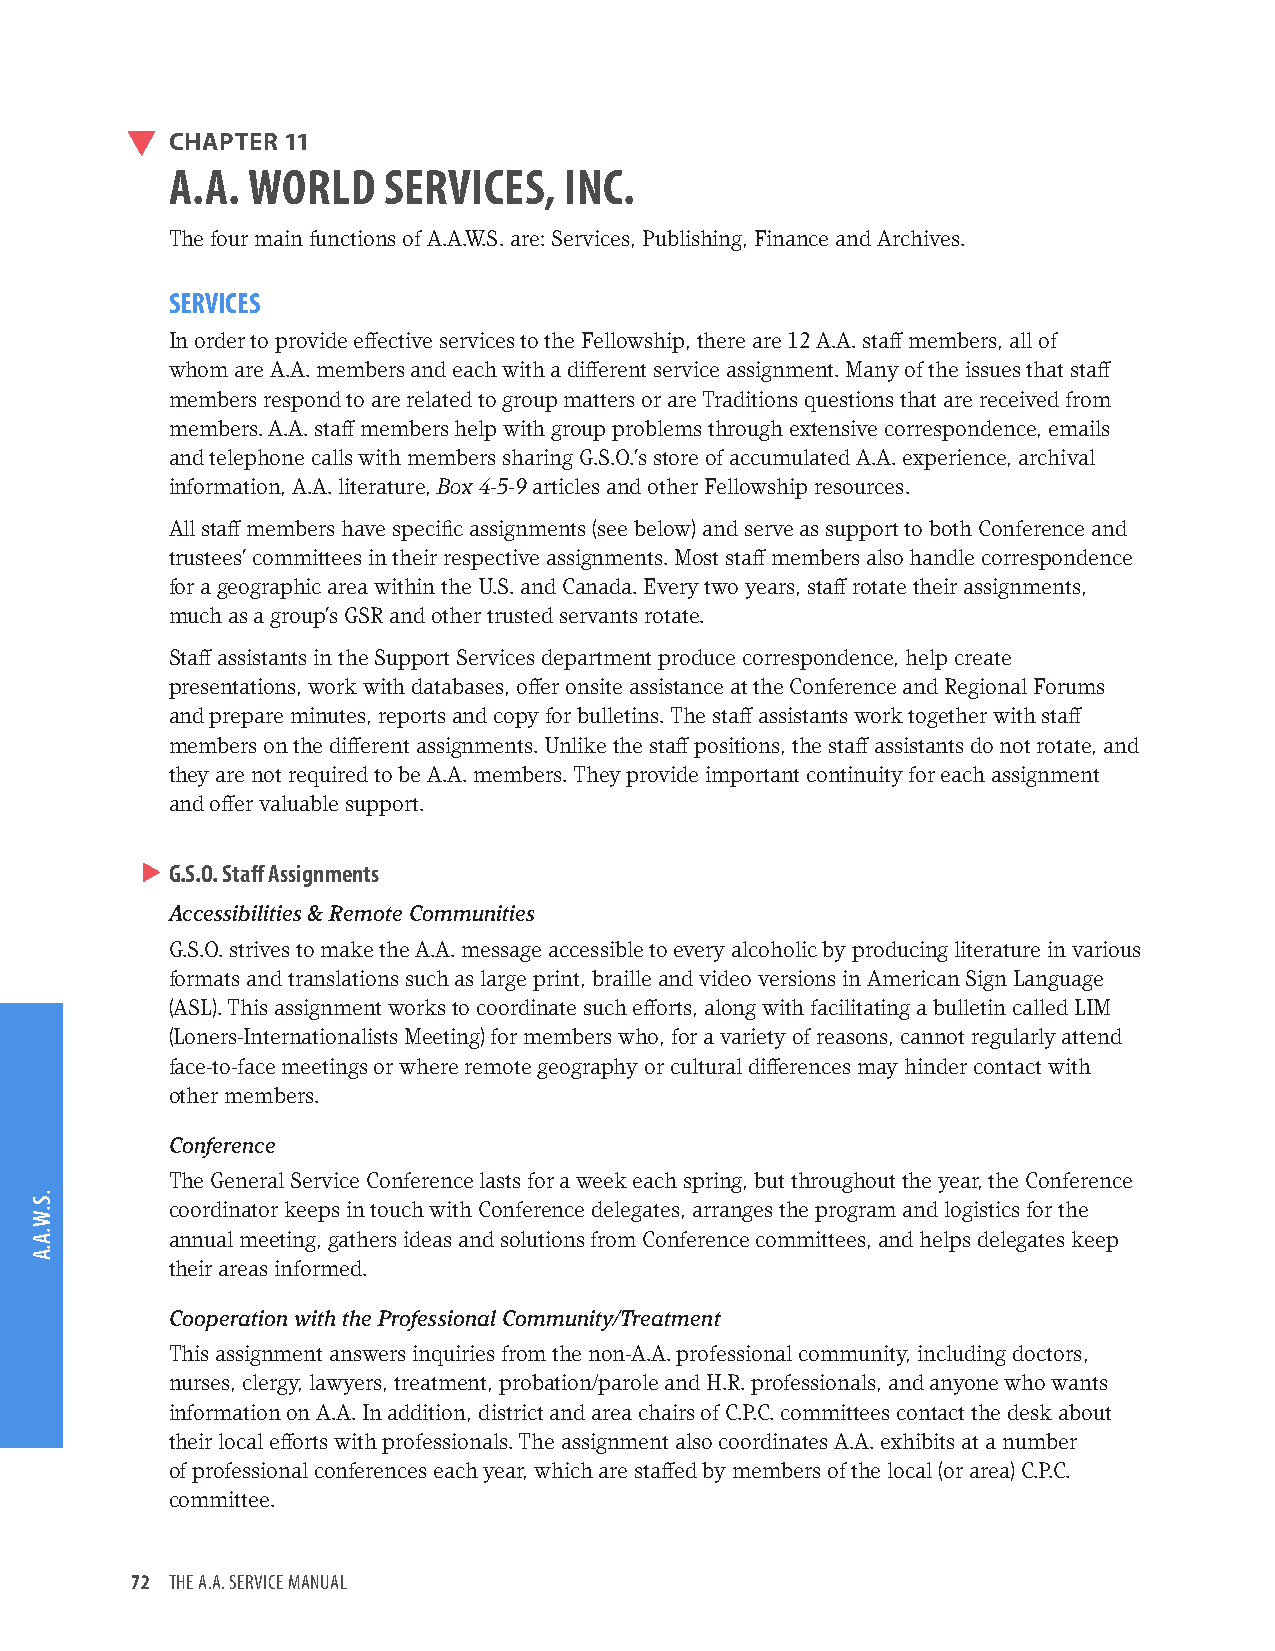
CHAPTER 11
 A.A. WORLD    SERVICES,   INC.
 The four main functions of A.A.W.S. are: Services, Publishing, Finance and Archives.
 SERVICES
 In order to provide effective services to the Fellowship, there are 12 A.A. staff members, all of
 whom are A.A. members and each with a different service assignment. Many of the issues that staff
 members respond to are related to group matters or are Traditions questions that are received from
 members. A.A. staff members help with group problems through extensive correspondence, emails
 and telephone calls with members sharing G.S.O.’s store of accumulated A.A. experience, archival
 information, A.A. literature, Box 4-5-9 articles and other Fellowship resources.
 All staff members have specific assignments (see below) and serve as support to both Conference and
 trustees’ committees in their respective assignments. Most staff members also handle correspondence
 for a geographic area within the U.S. and Canada. Every two years, staff rotate their assignments,
 much as a group’s GSR and other trusted servants rotate.
 Staff assistants in the Support Services department produce correspondence, help create
 presentations, work with databases, offer onsite assistance at the Conference and Regional Forums
 and prepare minutes, reports and copy for bulletins. The staff assistants work together with staff
 members on the different assignments. Unlike the staff positions, the staff assistants do not rotate, and
 they are not required to be A.A. members. They provide important continuity for each assignment
 and offer valuable support.
 G.S.O. Staff Assignments
 Accessibilities & Remote Communities
 G.S.O. strives to make the A.A. message accessible to every alcoholic by producing literature in various
 formats and translations such as large print, braille and video versions in American Sign Language
 (ASL). This assignment works to coordinate such efforts, along with facilitating a bulletin called LIM
 (Loners-Internationalists Meeting) for members who, for a variety of reasons, cannot regularly attend
 face-to-face meetings or where remote geography or cultural differences may hinder contact with
 other members.
 Conference
 The General Service Conference lasts for a week each spring, but throughout the year, the Conference
 coordinator keeps in touch with Conference delegates, arranges the program and logistics for the
 annual meeting, gathers ideas and solutions from Conference committees, and helps delegates keep
 their areas informed.
 Cooperation with the Professional Community/Treatment
 This assignment answers inquiries from the non-A.A. professional community, including doctors,
 nurses, clergy, lawyers, treatment, probation/parole and H.R. professionals, and anyone who wants
 information on A.A. In addition, district and area chairs of C.P.C. committees contact the desk about
 their local efforts with professionals. The assignment also coordinates A.A. exhibits at a number
 of professional conferences each year, which are staffed by members of the local (or area) C.P.C.
 committee.
 72 THE A.A. SERVICE MANUAL
 .S.W.A.A